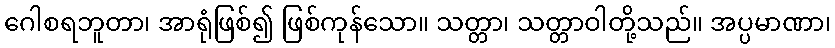
ဂေါစရဘူတာ၊ အာရုံဖြစ်၍ ဖြစ်ကုန်သော။ သတ္တာ၊ သတ္တာဝါတို့သည်။ အပ္ပမာဏာ၊